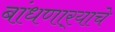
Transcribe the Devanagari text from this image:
बांधणार्‍याचे